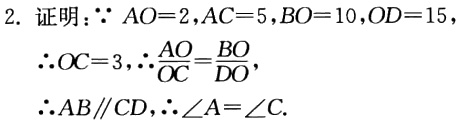
2. 证明：$\because AO = 2,AC = 5,BO = 10,OD = 15$

$\therefore OC = 3,\therefore\frac{AO}{OC}=\frac{BO}{DO},$

$\therefore AB\parallel CD,\therefore\angle A=\angle C.$